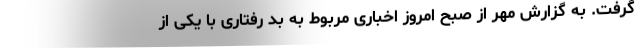
گرفت. به گزارش مهر از صبح امروز اخباری مربوط به بد رفتاری با یکی از